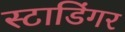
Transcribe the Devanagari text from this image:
स्टाडिंगर